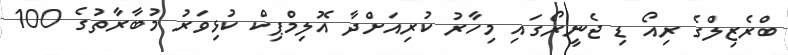
ބްރެޒިލްގެ ރިއޯ ޑި ޖެނީރޯގައި މިހާރު ކުރިއަށްދާ އޮލިމްޕިކް ކުޅިވަރު މުބާރާތުގެ 100